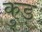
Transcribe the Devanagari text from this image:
कुड़